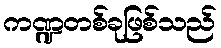
ကဏ္ဍတစ်ခုဖြစ်သည်